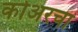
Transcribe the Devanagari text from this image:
कोअरचा